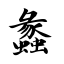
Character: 蠡